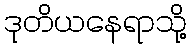
ဒုတိယနေရာသို့